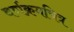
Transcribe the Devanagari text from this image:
वर्णक्रमचित्र